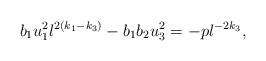
\begin{align*}b_{1}u_{1}^{2}l^{2(k_{1} - k_{3})} - b_{1}b_{2}u_{3}^{2} = -pl^{-2k_{3}},\end{align*}